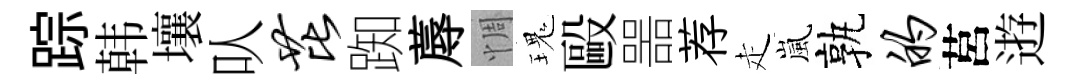
踪韩壤㕥芘踟蓐惆瑰毆噐荐走嵐孰的莒逰